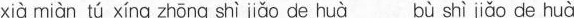
xià miàn tú xíng zhōng shì jiǎo de huà bù shì jiǎo de huà